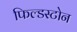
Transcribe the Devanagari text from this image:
फिल्डस्टोन